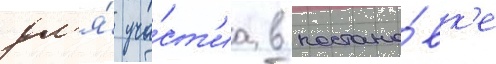
дл'я́ уча́ст'иа в постано́вк'е